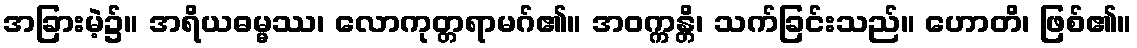
အခြားမဲ့၌။ အရိယဓမ္မဿ၊ လောကုတ္တရာမဂ်၏။ အဝက္ကန္တိ၊ သက်ခြင်းသည်။ ဟောတိ၊ ဖြစ်၏။